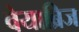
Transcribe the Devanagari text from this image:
वेयाब्रिज